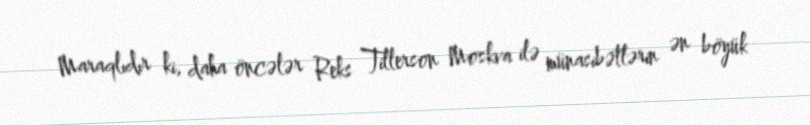
Maraqlıdır ki, daha öncələr Reks Tillerson Moskva ilə münasibətlərin ən böyük